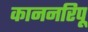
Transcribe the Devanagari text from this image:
काननरिपू